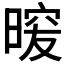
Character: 𭦿